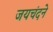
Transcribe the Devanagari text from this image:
जयचंदने